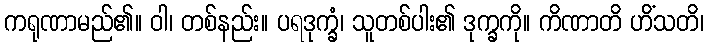
ကရုဏာမည်၏။ ဝါ၊ တစ်နည်း။ ပရဒုက္ခံ၊ သူတစ်ပါး၏ ဒုက္ခကို။ ကိဏာတိ ဟိံသတိ၊